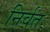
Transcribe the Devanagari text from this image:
निर्वत